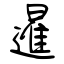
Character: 暹